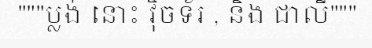
"""ប្លង់ នោះ វ៉ិចទ័រ , និង ជាលី"""